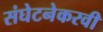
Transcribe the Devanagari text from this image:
संघेटनेकरवी